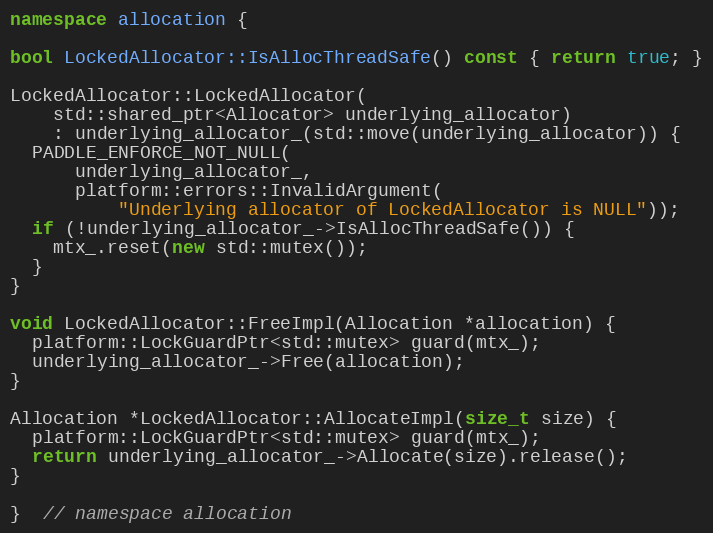
Language: C++
namespace allocation {

bool LockedAllocator::IsAllocThreadSafe() const { return true; }

LockedAllocator::LockedAllocator(
    std::shared_ptr<Allocator> underlying_allocator)
    : underlying_allocator_(std::move(underlying_allocator)) {
  PADDLE_ENFORCE_NOT_NULL(
      underlying_allocator_,
      platform::errors::InvalidArgument(
          "Underlying allocator of LockedAllocator is NULL"));
  if (!underlying_allocator_->IsAllocThreadSafe()) {
    mtx_.reset(new std::mutex());
  }
}

void LockedAllocator::FreeImpl(Allocation *allocation) {
  platform::LockGuardPtr<std::mutex> guard(mtx_);
  underlying_allocator_->Free(allocation);
}

Allocation *LockedAllocator::AllocateImpl(size_t size) {
  platform::LockGuardPtr<std::mutex> guard(mtx_);
  return underlying_allocator_->Allocate(size).release();
}

}  // namespace allocation